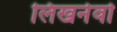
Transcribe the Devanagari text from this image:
लिखनेवो